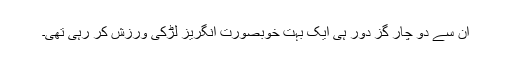
ان سے دو چار گز دور ہی ایک بہت خوبصورت انگریز لڑکی ورزش کر رہی تھی۔